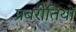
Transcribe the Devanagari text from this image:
प्रबरीतियों